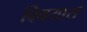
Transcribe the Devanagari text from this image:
विषयास